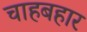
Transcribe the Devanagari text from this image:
चाहबहार